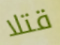
قتلا